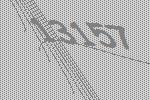
13157